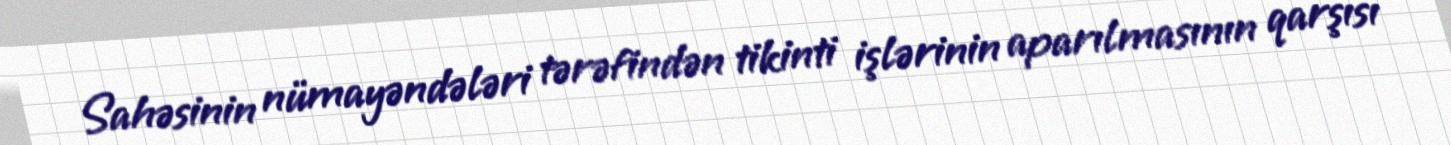
Sahəsinin nümayəndələri tərəfindən tikinti işlərinin aparılmasının qarşısı